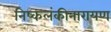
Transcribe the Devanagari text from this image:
निष्कलंकीनारायण